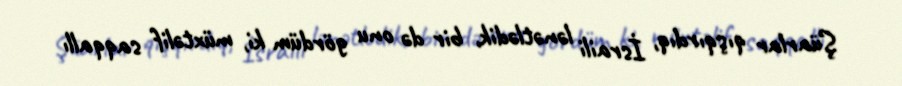
Şüarlar qışqırdıq, İsraili lənətlədik, bir də onu gördüm ki, müxtəlif saqqallı